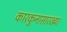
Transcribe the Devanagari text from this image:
कारकुनासारख्या